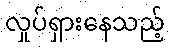
လှုပ်ရှားနေသည့်